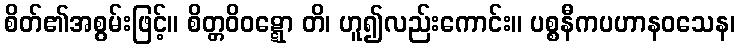
စိတ်၏အစွမ်းဖြင့်။ စိတ္တဝိဝဋ္ဋော တိ၊ ဟူ၍လည်းကောင်း။ ပစ္စနီကပဟာနဝသေန၊